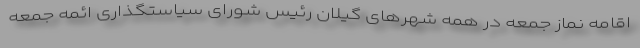
اقامه نماز جمعه در همه شهرهای گیلان رئیس شورای سیاستگذاری ائمه جمعه